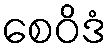
စေဝိဒံ